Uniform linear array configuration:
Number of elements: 4
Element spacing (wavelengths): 0.75
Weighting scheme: cosine
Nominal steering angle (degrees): -60
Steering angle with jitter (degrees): -60.05
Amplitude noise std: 0.05
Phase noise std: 0.05

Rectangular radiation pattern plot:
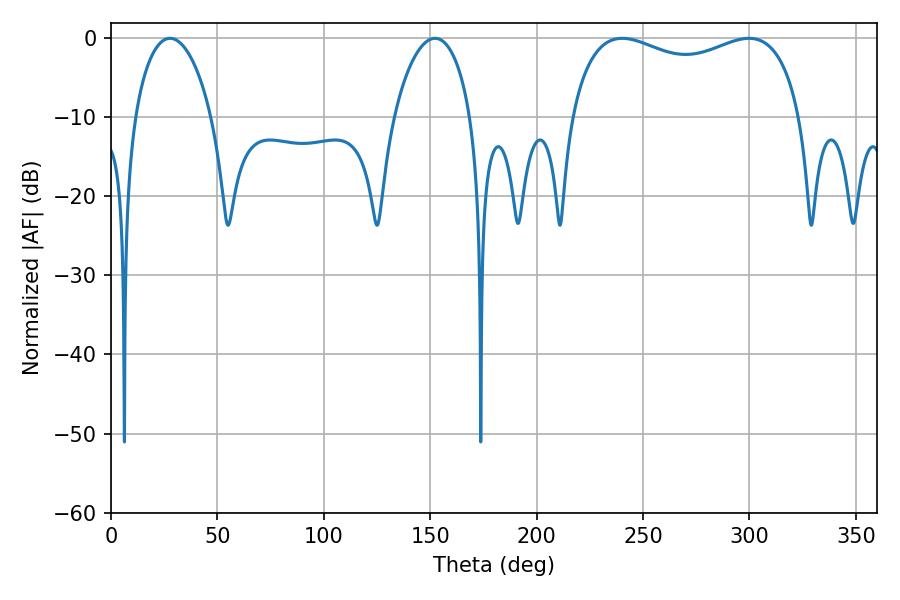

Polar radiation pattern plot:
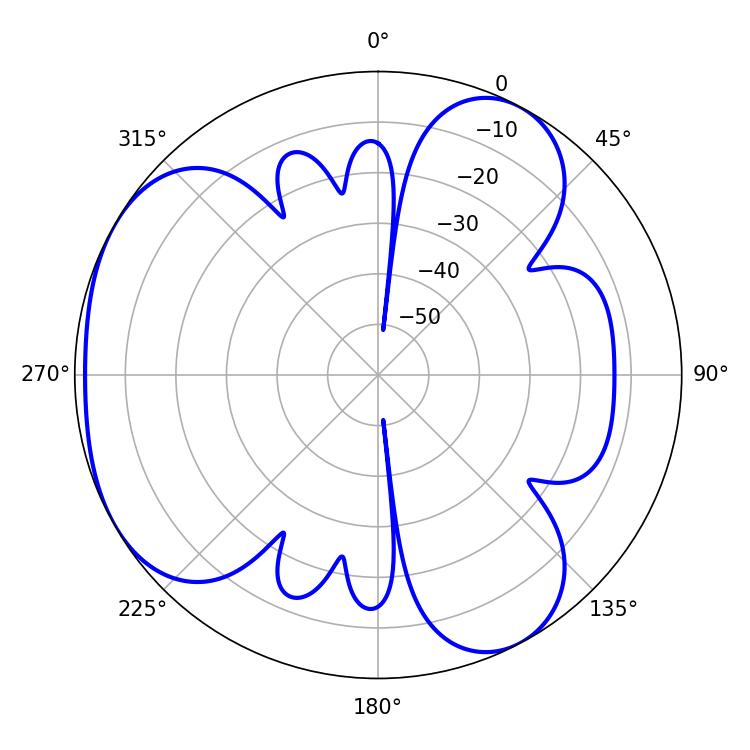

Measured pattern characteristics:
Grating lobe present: TRUE
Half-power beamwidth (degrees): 20.52
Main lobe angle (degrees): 27.72